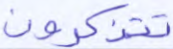
تتذكرون